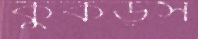
কুঁকড়স